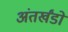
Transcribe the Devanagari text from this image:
अंतर्खंडों